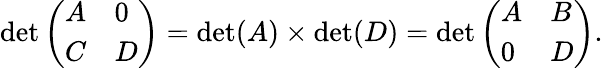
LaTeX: \operatorname*{det}{\left(\begin{array}{ll}{A}&{0}\\ {C}&{D}\end{array}\right)}=\operatorname*{det}(A)\times\operatorname*{det}(D)=\operatorname*{det}{\left(\begin{array}{ll}{A}&{B}\\ {0}&{D}\end{array}\right)}.